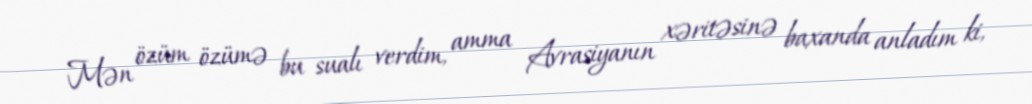
Mən özüm özümə bu sualı verdim, amma Avrasiyanın xəritəsinə baxanda anladım ki,